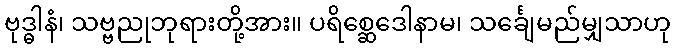
ဗုဒ္ဓါနံ၊ သဗ္ဗညုဘုရားတို့အား။ ပရိစ္ဆေဒေါနာမ၊ သင်္ချေမည်မျှသာဟု